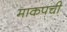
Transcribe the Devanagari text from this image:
माकपची